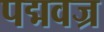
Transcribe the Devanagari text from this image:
पद्मवज्र